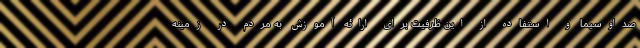
صداوسیما و استفاده از این ظرفیت برای ارائه آموزش به مردم در زمینه